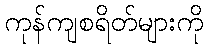
ကုန်ကျစရိတ်များကို